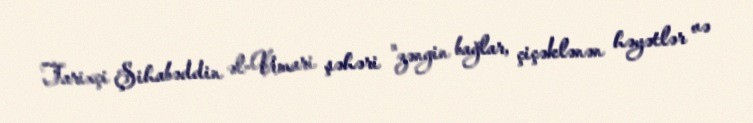
Tarixçi Şihabəddin əl-Umari şəhəri "zəngin bağlar, çiçəklənən həyətlər və